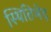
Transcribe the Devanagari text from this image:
स्थितिभेद